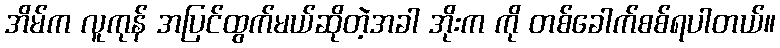
အိမ်က လူကုန် အပြင်ထွက်မယ်ဆိုတဲ့အခါ အိုးက ကို တစ်ခေါက်စစ်ရပါတယ်။